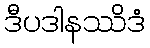
ဒီပဒါနဿိဒံ